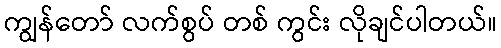
ကျွန်တော် လက်စွပ် တစ် ကွင်း လိုချင်ပါတယ်။